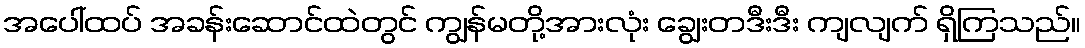
အပေါ်ထပ် အခန်းဆောင်ထဲတွင် ကျွန်မတို့အားလုံး ချွေးတဒီးဒီး ကျလျက် ရှိကြသည်။